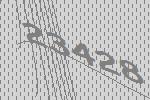
23428